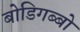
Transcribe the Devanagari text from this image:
बोडिगब्बो